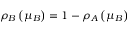
\rho _ { B } \left( \mu _ { B } \right) = 1 - \rho _ { A } \left( \mu _ { B } \right)